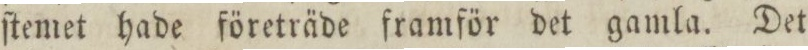
ſtemet hade företräde framför det gamla. Det